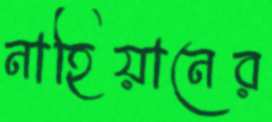
নাহিয়ানের